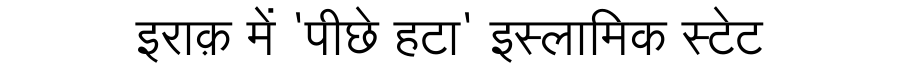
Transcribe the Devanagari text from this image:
इराक़ में 'पीछे हटा' इस्लामिक स्टेट